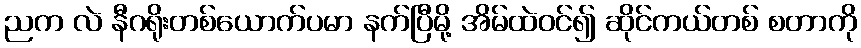
ညက လဲ နီဂရိုးတစ်ယောက်ပမာ နက်ပြီမို့ အိမ်ထဲဝင်၍ ဆိုင်ကယ်တစ် စတာကို